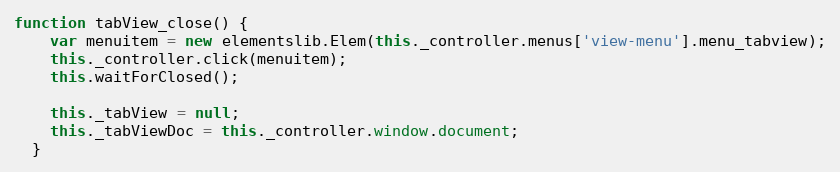
Language: JavaScript
function tabView_close() {
    var menuitem = new elementslib.Elem(this._controller.menus['view-menu'].menu_tabview);
    this._controller.click(menuitem);
    this.waitForClosed();

    this._tabView = null;
    this._tabViewDoc = this._controller.window.document;
  }